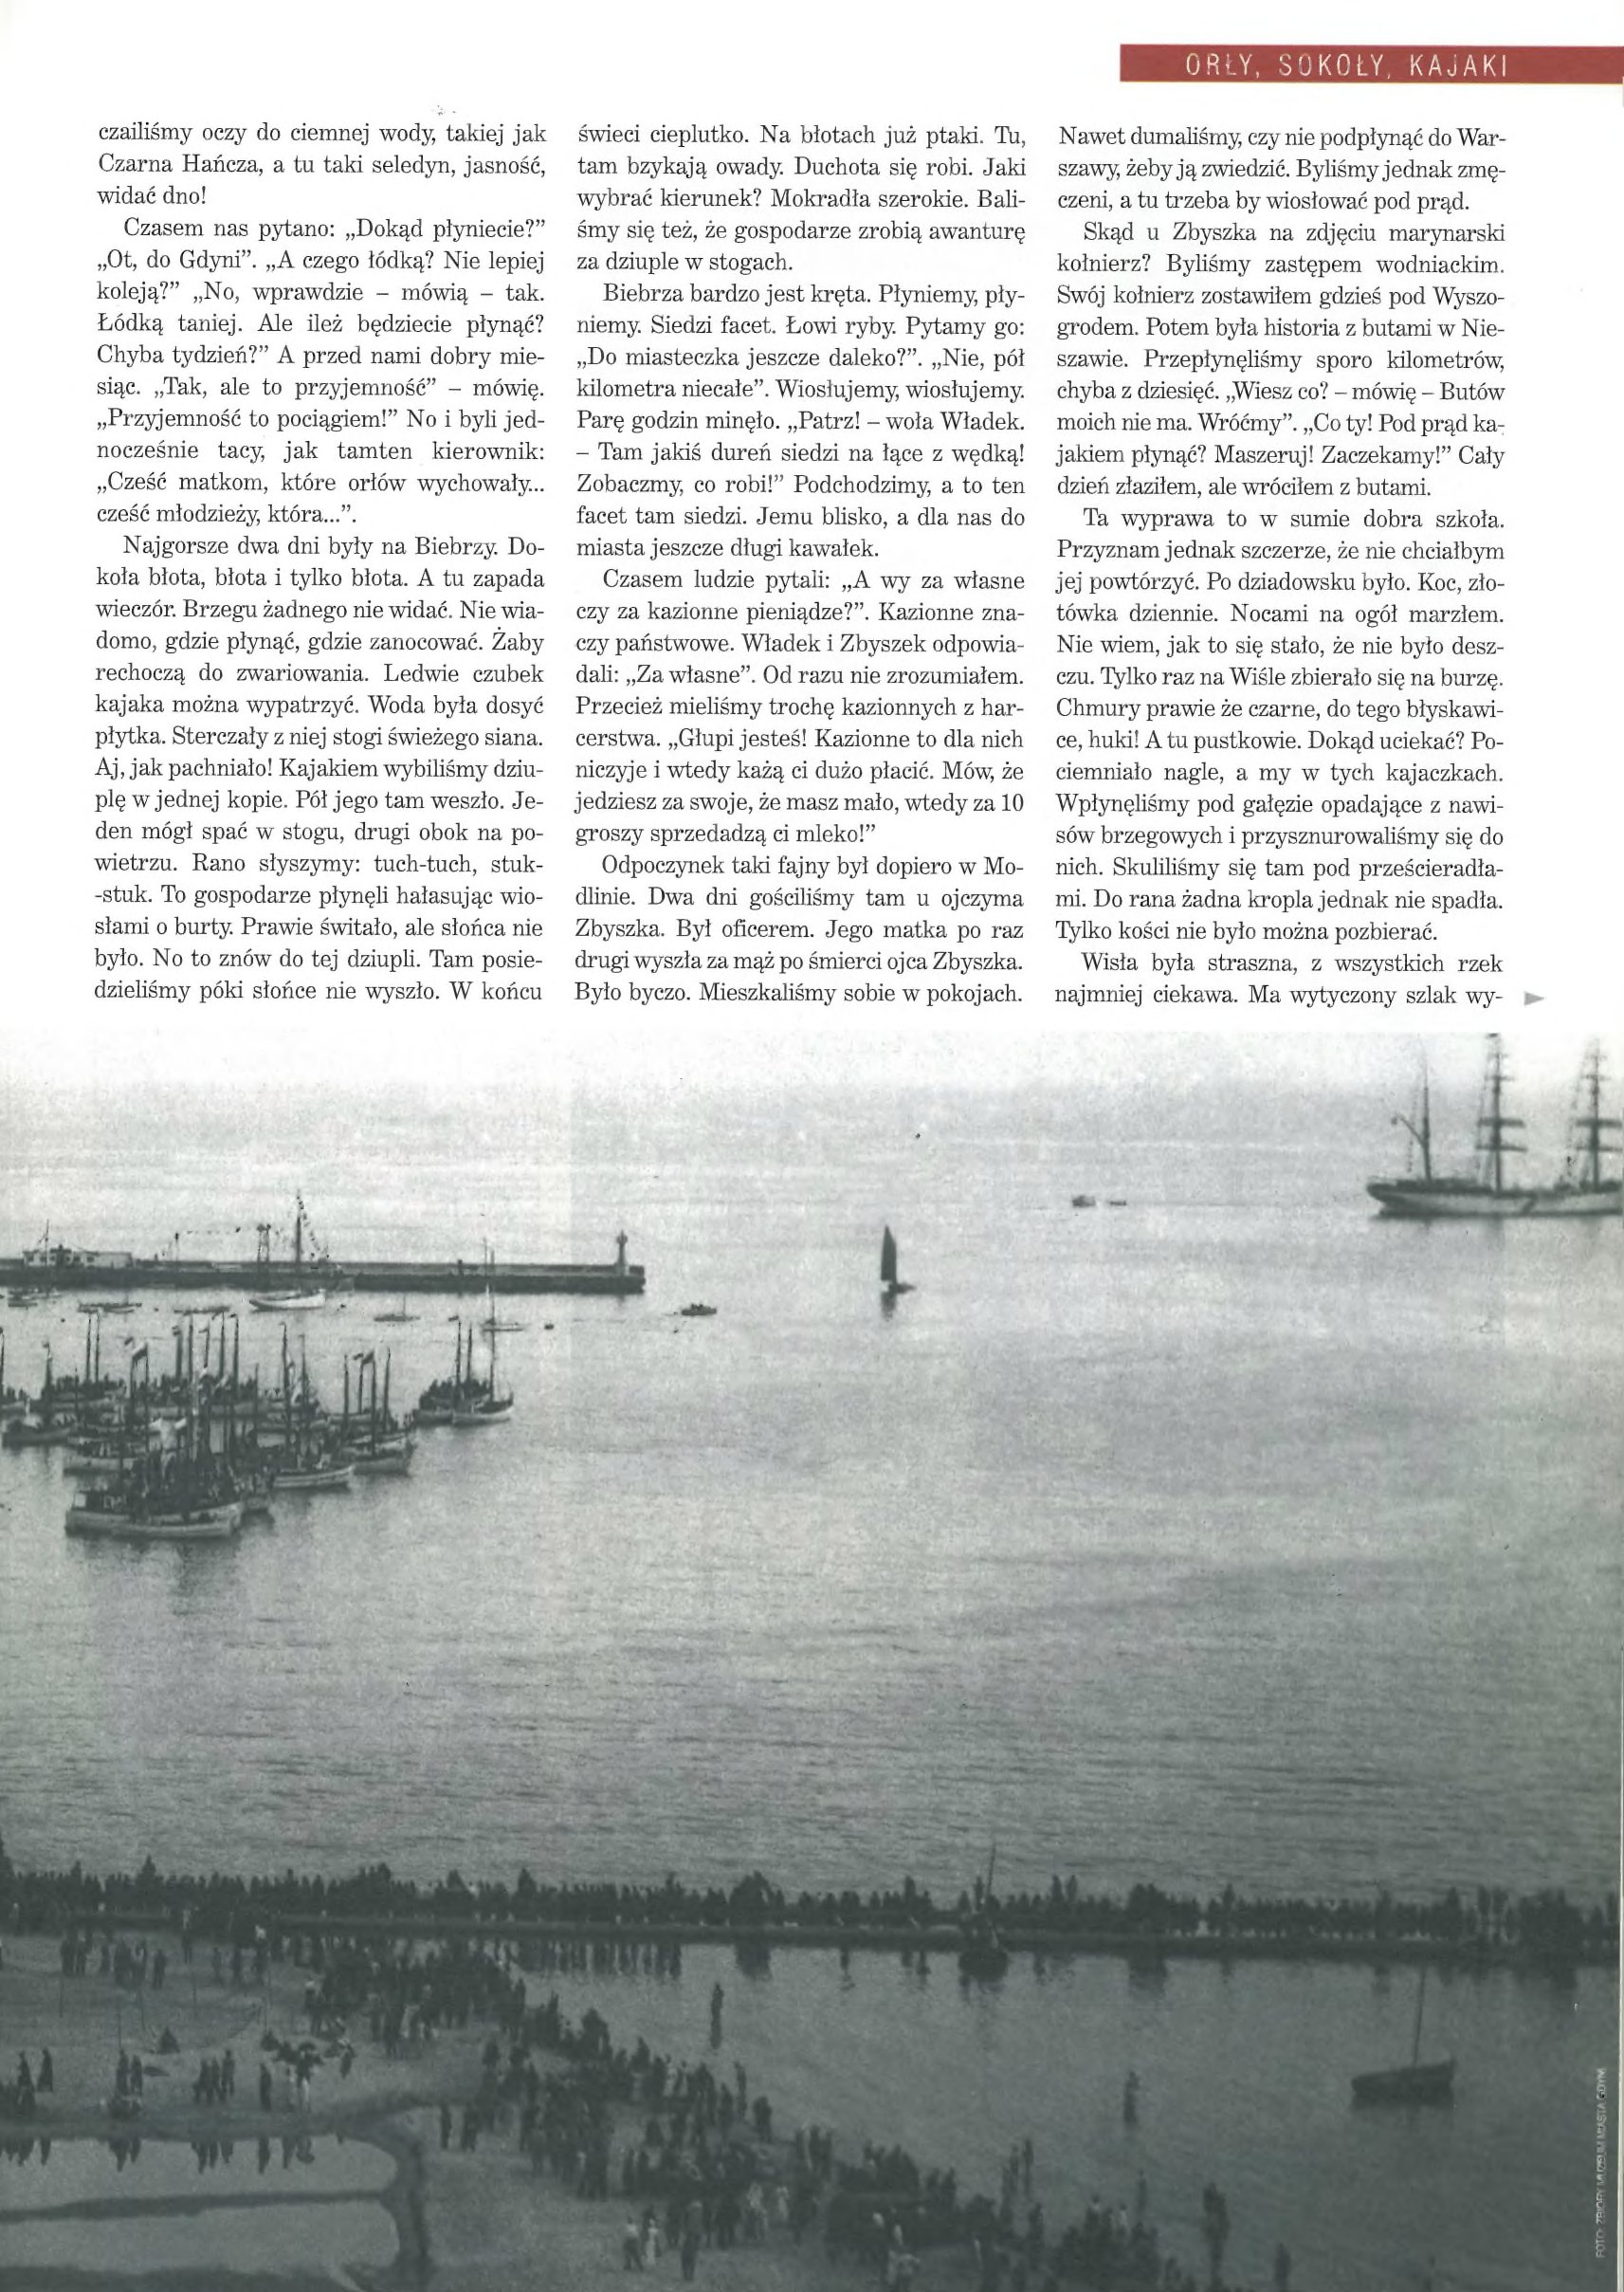
Language: pl